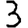
Digit: 3